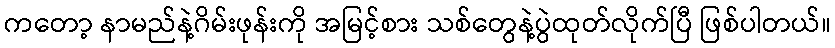
ကတော့ နာမည်နဲ့ဂိမ်းဖုန်းကို အမြင့်စား သစ်တွေနဲ့ပွဲထုတ်လိုက်ပြီ ဖြစ်ပါတယ်။